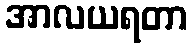
အာလယရတာ